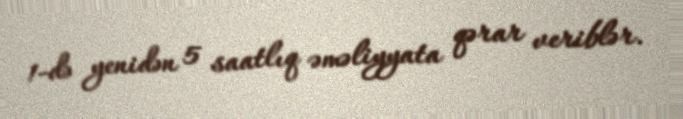
1-də yenidən 5 saatlıq əməliyyata qərar veriblər.